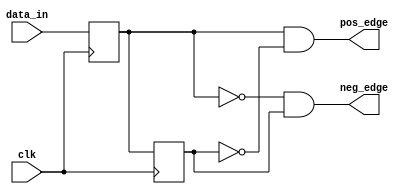
module edge_detect (
   clk,
   data_in,
	pos_edge,
   neg_edge
   );
input      clk;
input      data_in;
output	  pos_edge;
output     neg_edge;

reg        data_in_d1;
reg        data_in_d2; 

assign pos_edge =  data_in_d1 & ~data_in_d2;
assign neg_edge =  ~data_in_d1 & data_in_d2;

always@(posedge clk) 
begin 
  data_in_d1 <= data_in;
  data_in_d2 <= data_in_d1;   
end

endmodule